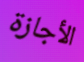
الأجازة